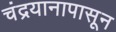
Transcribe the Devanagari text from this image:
चंद्रयानापासून